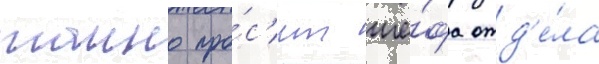
таино про́с'ит ше́фа отд'е́ла